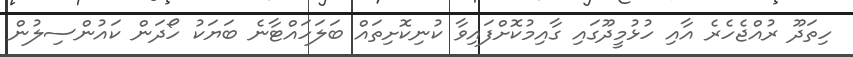
ހިތަދޫ ރުއްޖެހެރެ އާއި ހުޅުމީދޫގައި ގާއިމުކޮށްފައިވާ ކުނިކޮށިތަައް ބަލަހައްޓާނެ ބަޔަކު ހޯދަން ކައުންސިލުން